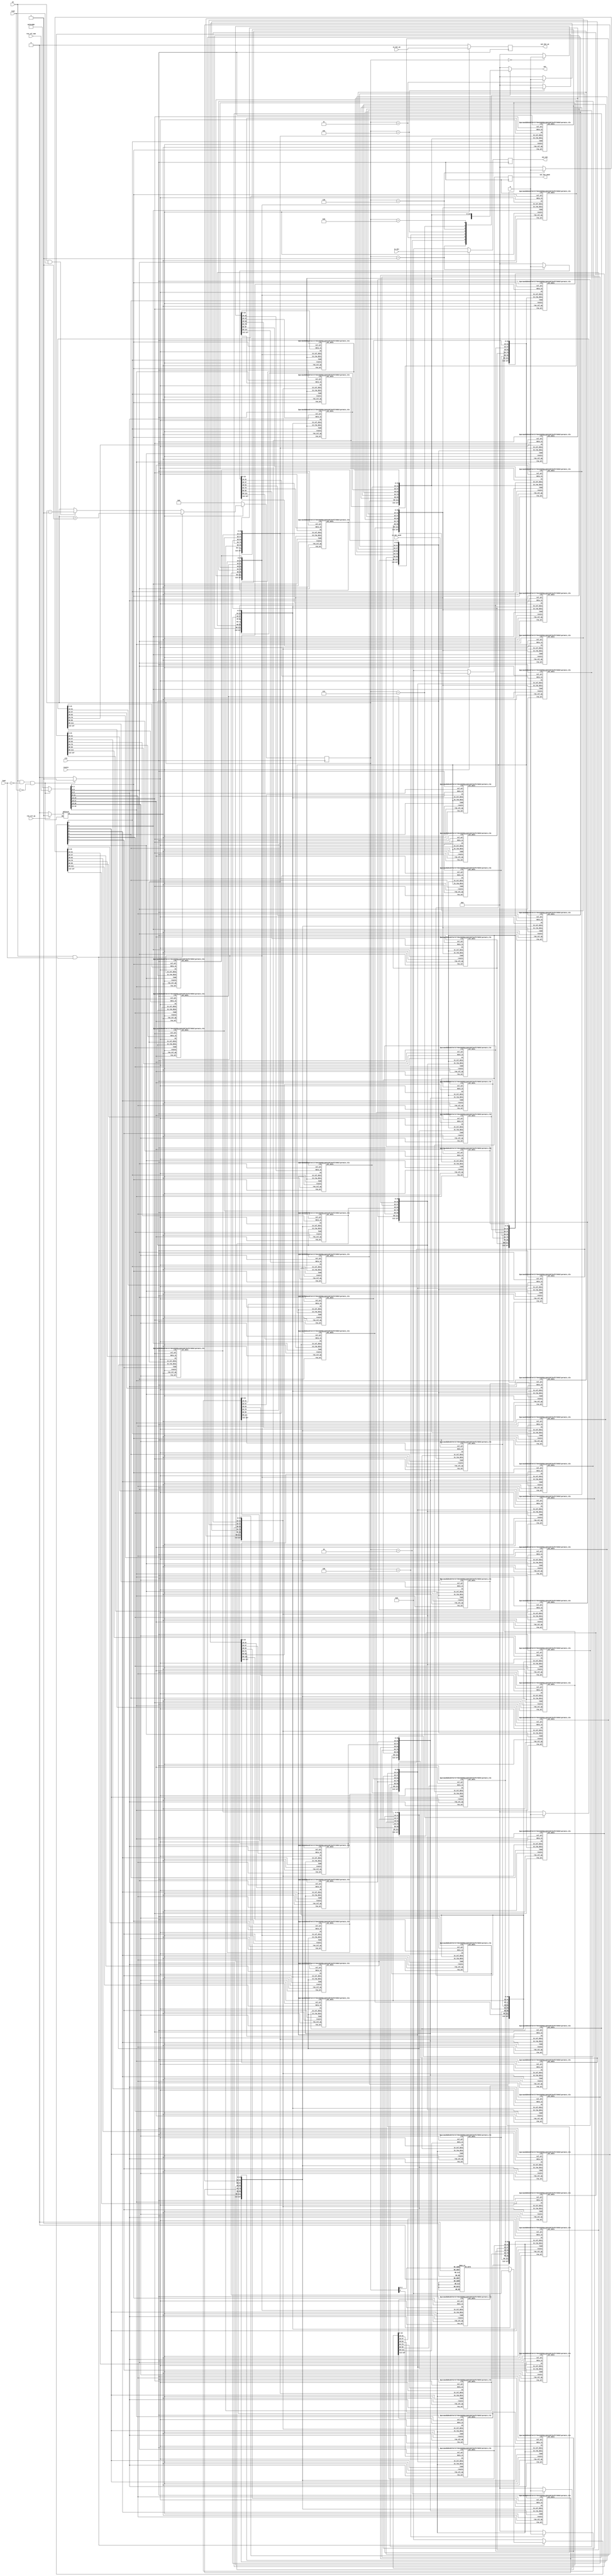
module permute #(
  parameter WIDTH = 16,
  parameter NUMSTAGES = 8,
  parameter REGIDWIDTH = 8,
  parameter LOGNUMSTAGES = $clog2(NUMSTAGES)
)(
 input clk,
 input resetn,
 input read,
 input en,
 input row_col_op,
 input [NUMSTAGES*LOGNUMSTAGES-1:0] row_col_num,

 input load,
 input [NUMSTAGES * WIDTH-1:0]a,

 input [REGIDWIDTH-1:0] in_dst,
 input in_dst_we,
 input [NUMSTAGES-1:0] in_dst_mask,

 output reg [REGIDWIDTH-1:0] out_dst,
 output reg [NUMSTAGES-1:0] out_dst_mask,
 output reg out_dst_we,
 output reg [NUMSTAGES * WIDTH-1 : 0] out
);

parameter READ_STATE = 2'b00;
parameter ROWOP_STATE = 2'b01;
parameter COLOP_STATE = 2'b10;
parameter WRITE_STATE = 2'b11;

wire [NUMSTAGES * NUMSTAGES * WIDTH - 1:0] data;

reg [NUMSTAGES * LOGNUMSTAGES-1:0 ] rowsel;
reg [NUMSTAGES * LOGNUMSTAGES-1:0 ] colsel;

reg [LOGNUMSTAGES:0] count;
reg [31:0] i;

reg [1:0] p_state, n_state;
reg opsel;
reg [NUMSTAGES-1:0] load_en;
reg shuffle;
reg [NUMSTAGES * NUMSTAGES * WIDTH -1: 0] data_in;

always@(posedge clk)begin
  if(!resetn)begin
    out_dst <= 0;
    out_dst_we <= 0;
    out_dst_mask <= 0;
  end
  else begin
    out_dst <= in_dst;
    out_dst_we <= in_dst_we;
    out_dst_mask <= in_dst_mask;
  end
end


genvar g_i,g_j;

generate
  for(g_i = 0; g_i < NUMSTAGES; g_i = g_i + 1)begin
    for(g_j = 0; g_j < NUMSTAGES; g_j = g_j + 1)begin
       permute_elm #(.WIDTH(WIDTH), .MUXWIDTH(NUMSTAGES), .MUXSEL(LOGNUMSTAGES)) inst_elm(
         .clk(clk),
         .resetn(resetn),
         .row_sel(rowsel[g_i * LOGNUMSTAGES +: LOGNUMSTAGES]),
         .col_sel(colsel[g_j * LOGNUMSTAGES +: LOGNUMSTAGES]),
         .row_col_op(opsel),
         .in_row_data(data[((g_i+1) * NUMSTAGES * WIDTH)-1 : g_i * (NUMSTAGES * WIDTH)]),
         .in_col_data({data[(( 0 * NUMSTAGES * WIDTH) + g_j * WIDTH) +: WIDTH ],
                       data[(( 1 * NUMSTAGES * WIDTH) + g_j * WIDTH) +: WIDTH ],
                       data[(( 2 * NUMSTAGES * WIDTH) + g_j * WIDTH) +: WIDTH ],
                       data[(( 3 * NUMSTAGES * WIDTH) + g_j * WIDTH) +: WIDTH ],
                       data[(( 4 * NUMSTAGES * WIDTH) + g_j * WIDTH) +: WIDTH ],
                       data[(( 5 * NUMSTAGES * WIDTH) + g_j * WIDTH) +: WIDTH ],
                       data[(( 6 * NUMSTAGES * WIDTH) + g_j * WIDTH) +: WIDTH ],
                       data[(( 7 * NUMSTAGES * WIDTH) + g_j * WIDTH) +: WIDTH ]
                      }),
         .en(shuffle),
         .load(load_en[g_i]),
         .data_in(data_in[g_i * (NUMSTAGES * WIDTH) + g_j * WIDTH +: WIDTH]),
         .out_data(data[(g_i * NUMSTAGES * WIDTH) + (g_j * WIDTH) +: WIDTH])
       );
    end
  end
endgenerate

always@(*) begin
  data_in = 'h0;
  case(count)
    4'h0:data_in[1 * (NUMSTAGES * WIDTH)-1: 0 * (NUMSTAGES*WIDTH)] = a;
    4'h1:data_in[2 * (NUMSTAGES * WIDTH)-1: 1 * (NUMSTAGES*WIDTH)] = a;
    4'h2:data_in[3 * (NUMSTAGES * WIDTH)-1: 2 * (NUMSTAGES*WIDTH)] = a;
    4'h3:data_in[4 * (NUMSTAGES * WIDTH)-1: 3 * (NUMSTAGES*WIDTH)] = a;
    4'h4:data_in[5 * (NUMSTAGES * WIDTH)-1: 4 * (NUMSTAGES*WIDTH)] = a;
    4'h5:data_in[6 * (NUMSTAGES * WIDTH)-1: 5 * (NUMSTAGES*WIDTH)] = a;
    4'h6:data_in[7 * (NUMSTAGES * WIDTH)-1: 6 * (NUMSTAGES*WIDTH)] = a;
    4'h7:data_in[8 * (NUMSTAGES * WIDTH)-1: 7 * (NUMSTAGES*WIDTH)] = a;
  endcase
end

always@(*) begin
  out = 0;
  case(count)
    4'h1: out = data[8*(NUMSTAGES * WIDTH) - 1 : 7 * (NUMSTAGES* WIDTH)];
    4'h2: out = data[7*(NUMSTAGES * WIDTH) - 1 : 6 * (NUMSTAGES* WIDTH)];
    4'h3: out = data[6*(NUMSTAGES * WIDTH) - 1 : 5 * (NUMSTAGES* WIDTH)];
    4'h4: out = data[5*(NUMSTAGES * WIDTH) - 1 : 4 * (NUMSTAGES* WIDTH)];
    4'h5: out = data[4*(NUMSTAGES * WIDTH) - 1 : 3 * (NUMSTAGES* WIDTH)];
    4'h6: out = data[3*(NUMSTAGES * WIDTH) - 1 : 2 * (NUMSTAGES* WIDTH)];
    4'h7: out = data[2*(NUMSTAGES * WIDTH) - 1 : 1 * (NUMSTAGES* WIDTH)];
    4'h8: out = data[1*(NUMSTAGES * WIDTH) - 1 : 0 * (NUMSTAGES* WIDTH)];
  endcase
end


always@(posedge clk)begin
  if(!resetn)
    count <= 'h0;
  else begin
    if(en & load)begin
      count <= count + 1;
    end
    else if(en & read)
      count <= count - 1 ;
  end
end

always@(*)begin
  load_en = 8'h0;
  if(en & load)begin
      case(count)
        3'h0: load_en = 8'h1;
        3'h1: load_en = 8'h2;
        3'h2: load_en = 8'h4;
        3'h3: load_en = 8'h8;
        3'h4: load_en = 8'h10;
        3'h5: load_en = 8'h20;
        3'h6: load_en = 8'h40;
        3'h7: load_en = 8'h80;
      endcase
  end
end


always@(*)begin
    shuffle = 1'b0;
    rowsel = {3'h7,3'h6,3'h5,3'h4,3'h3,3'h2,3'h1,3'h0};
    colsel = {3'h7,3'h6,3'h5,3'h4,3'h3,3'h2,3'h1,3'h0};
    if(en & ~load & ~read)begin
        shuffle = 1'b1;
        rowsel = row_col_num; 
        colsel = row_col_num;
        if(row_col_op)
            opsel = 1'b1; 
        else
            opsel = 1'b0; 
    end
end

endmodule


module permute_elm #(
  parameter MUXWIDTH = 8,
  parameter WIDTH = 16,
  parameter MUXSEL = $clog2(MUXWIDTH)
)(
  input clk,
  input resetn,
  input [MUXSEL-1:0] row_sel,
  input [MUXSEL-1:0] col_sel,
  input row_col_op,
  input [MUXWIDTH*WIDTH-1:0] in_row_data,  
  input [MUXWIDTH*WIDTH-1:0] in_col_data,  

  input load,
  input en,
  input [WIDTH-1:0] data_in,

  output reg [WIDTH-1:0] out_data
);

reg [WIDTH-1:0] row_data;
reg [WIDTH-1:0] col_data;
reg [WIDTH-1:0] n_data;

always@(*)begin
  case(row_sel)
    3'h0:begin row_data = in_row_data[1 * WIDTH -1: 0 * WIDTH]; end
    3'h1:begin row_data = in_row_data[2 * WIDTH -1: 1 * WIDTH]; end
    3'h2:begin row_data = in_row_data[3 * WIDTH -1: 2 * WIDTH]; end
    3'h3:begin row_data = in_row_data[4 * WIDTH -1: 3 * WIDTH]; end
    3'h4:begin row_data = in_row_data[5 * WIDTH -1: 4 * WIDTH]; end
    3'h5:begin row_data = in_row_data[6 * WIDTH -1: 5 * WIDTH]; end
    3'h6:begin row_data = in_row_data[7 * WIDTH -1: 6 * WIDTH]; end
    3'h7:begin row_data = in_row_data[8 * WIDTH -1: 7 * WIDTH]; end
  endcase
  case(col_sel)
    3'h0:begin col_data = in_col_data[1 * WIDTH -1: 0 * WIDTH]; end
    3'h1:begin col_data = in_col_data[2 * WIDTH -1: 1 * WIDTH]; end
    3'h2:begin col_data = in_col_data[3 * WIDTH -1: 2 * WIDTH]; end
    3'h3:begin col_data = in_col_data[4 * WIDTH -1: 3 * WIDTH]; end
    3'h4:begin col_data = in_col_data[5 * WIDTH -1: 4 * WIDTH]; end
    3'h5:begin col_data = in_col_data[6 * WIDTH -1: 5 * WIDTH]; end
    3'h6:begin col_data = in_col_data[7 * WIDTH -1: 6 * WIDTH]; end
    3'h7:begin col_data = in_col_data[8 * WIDTH -1: 7 * WIDTH]; end
  endcase
  
  if(row_col_op)
    n_data = row_data;
  else
    n_data = col_data; 
end

always@(posedge clk)begin
  if(~resetn)
    out_data <= 'h0;
  else
   if(load)
     out_data <= data_in;
   else if(en)
     out_data <= n_data;
end

endmodule